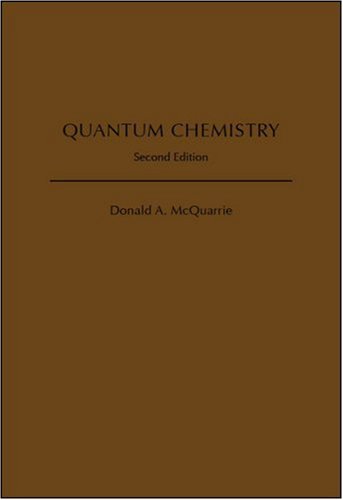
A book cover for Quantum Chemistry; Donald A. McQuarrie; Science & Math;